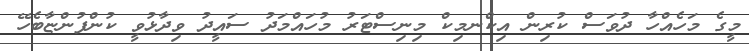
މީގެ މަހެއްހާ ދުވަސް ކުރިން އިކްނމިކް މިނިސްޓަރު މުހައްމަދު ސައީދު ވިދާޅުވީ ކުންފުންޏާބެހޭ